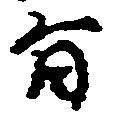
旨